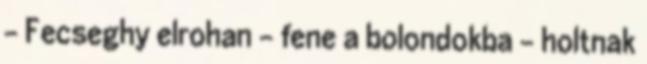
- Fecseghy elrohan - fene a bolondokba - holtnak